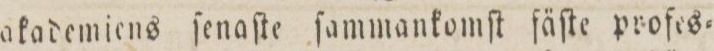
akademiens ſenaſte ſammankomſt fäſte profes=